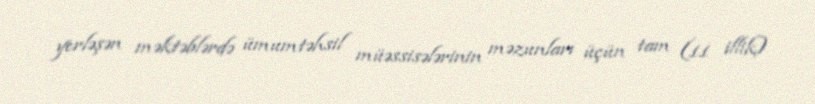
yerləşən məktəblərdə ümumtəhsil müəssisələrinin məzunları üçün tam (11 illik)